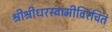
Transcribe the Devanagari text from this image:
श्रीश्रीधरस्वामीविरचितं